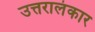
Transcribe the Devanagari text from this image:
उत्तरालंकार